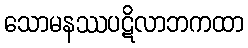
သောမနဿပဋိလာဘကထာ